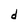
Character: d